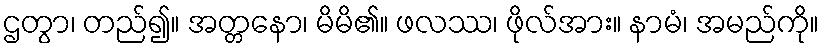
ဌတွာ၊ တည်၍။ အတ္တနော၊ မိမိ၏။ ဖလဿ၊ ဖိုလ်အား။ နာမံ၊ အမည်ကို။